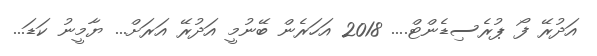
އަދުރޭ ފޯ ޕުރެސިޑެންޓް.... 2018 އަހަރެން ބޭނުމީ އަދުރޭ އަރަށް... ޔާމީނު ކަޑަ...